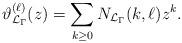
LaTeX: \begin{align*}\vartheta_{\mathcal L_\Gamma}^{(\ell)}(z) = \sum_{k\geq0} N_{\mathcal L_\Gamma}(k,\ell) z^k.\end{align*}